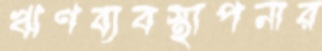
ঋণব্যবস্থাপনার